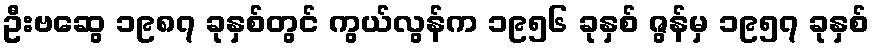
ဦးဗဆွေ ၁၉၈၇ ခုနှစ်တွင် ကွယ်လွန်က ၁၉၅၆ ခုနှစ် ဇွန်မှ ၁၉၅၇ ခုနှစ်